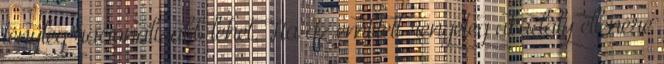
tényleg racionálisabb lehet. Ha az említett rengeteg akadály ellenére